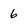
Character: 6